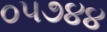
૦૫૭૪૪